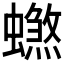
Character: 𰳠